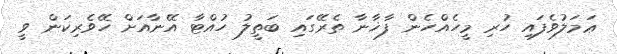
ޢަމަލުވެފައި ހުރި މީހެއްހެން ފާޚާނާ ތެރޭގައި ބަތީލު ހުއްޓާ އޭނާއަށް ހޭވެރިކަން ވީ